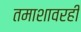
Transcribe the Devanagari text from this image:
तमाशावरही